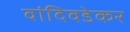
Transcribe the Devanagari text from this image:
वांदिवडेकर